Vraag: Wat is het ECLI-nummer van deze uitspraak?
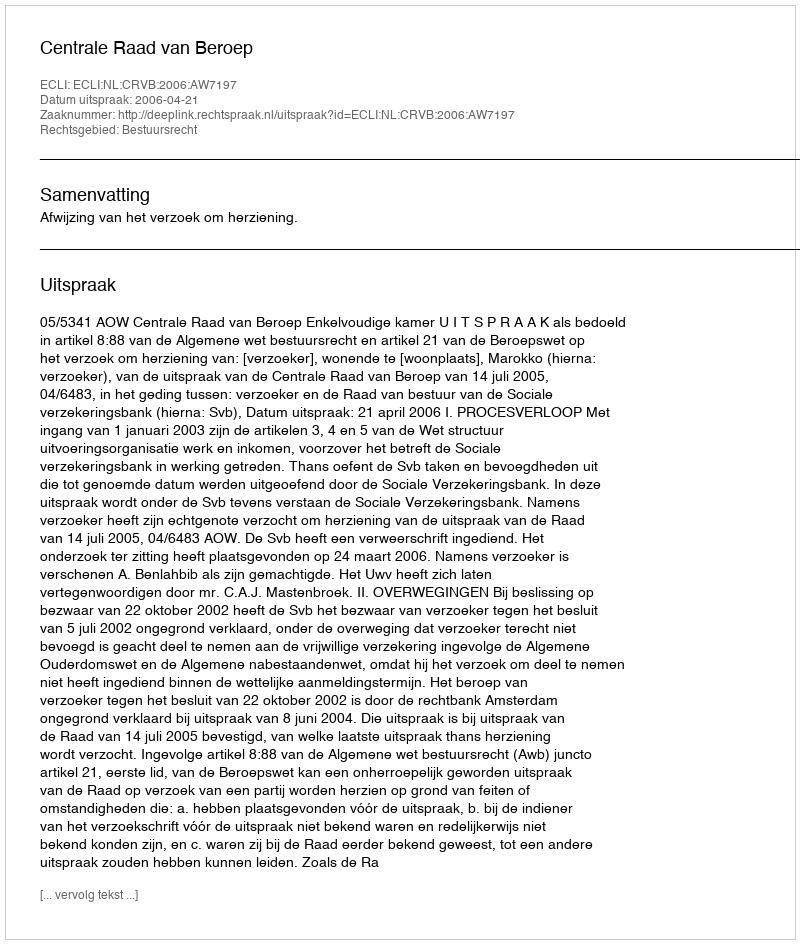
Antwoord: ECLI:NL:CRVB:2006:AW7197